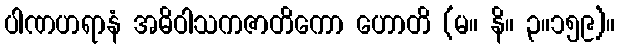
ပါဏဟရာနံ အဓိဝါသကဇာတိကော ဟောတိ (မ။ နိ။ ၃။၁၅၉)။